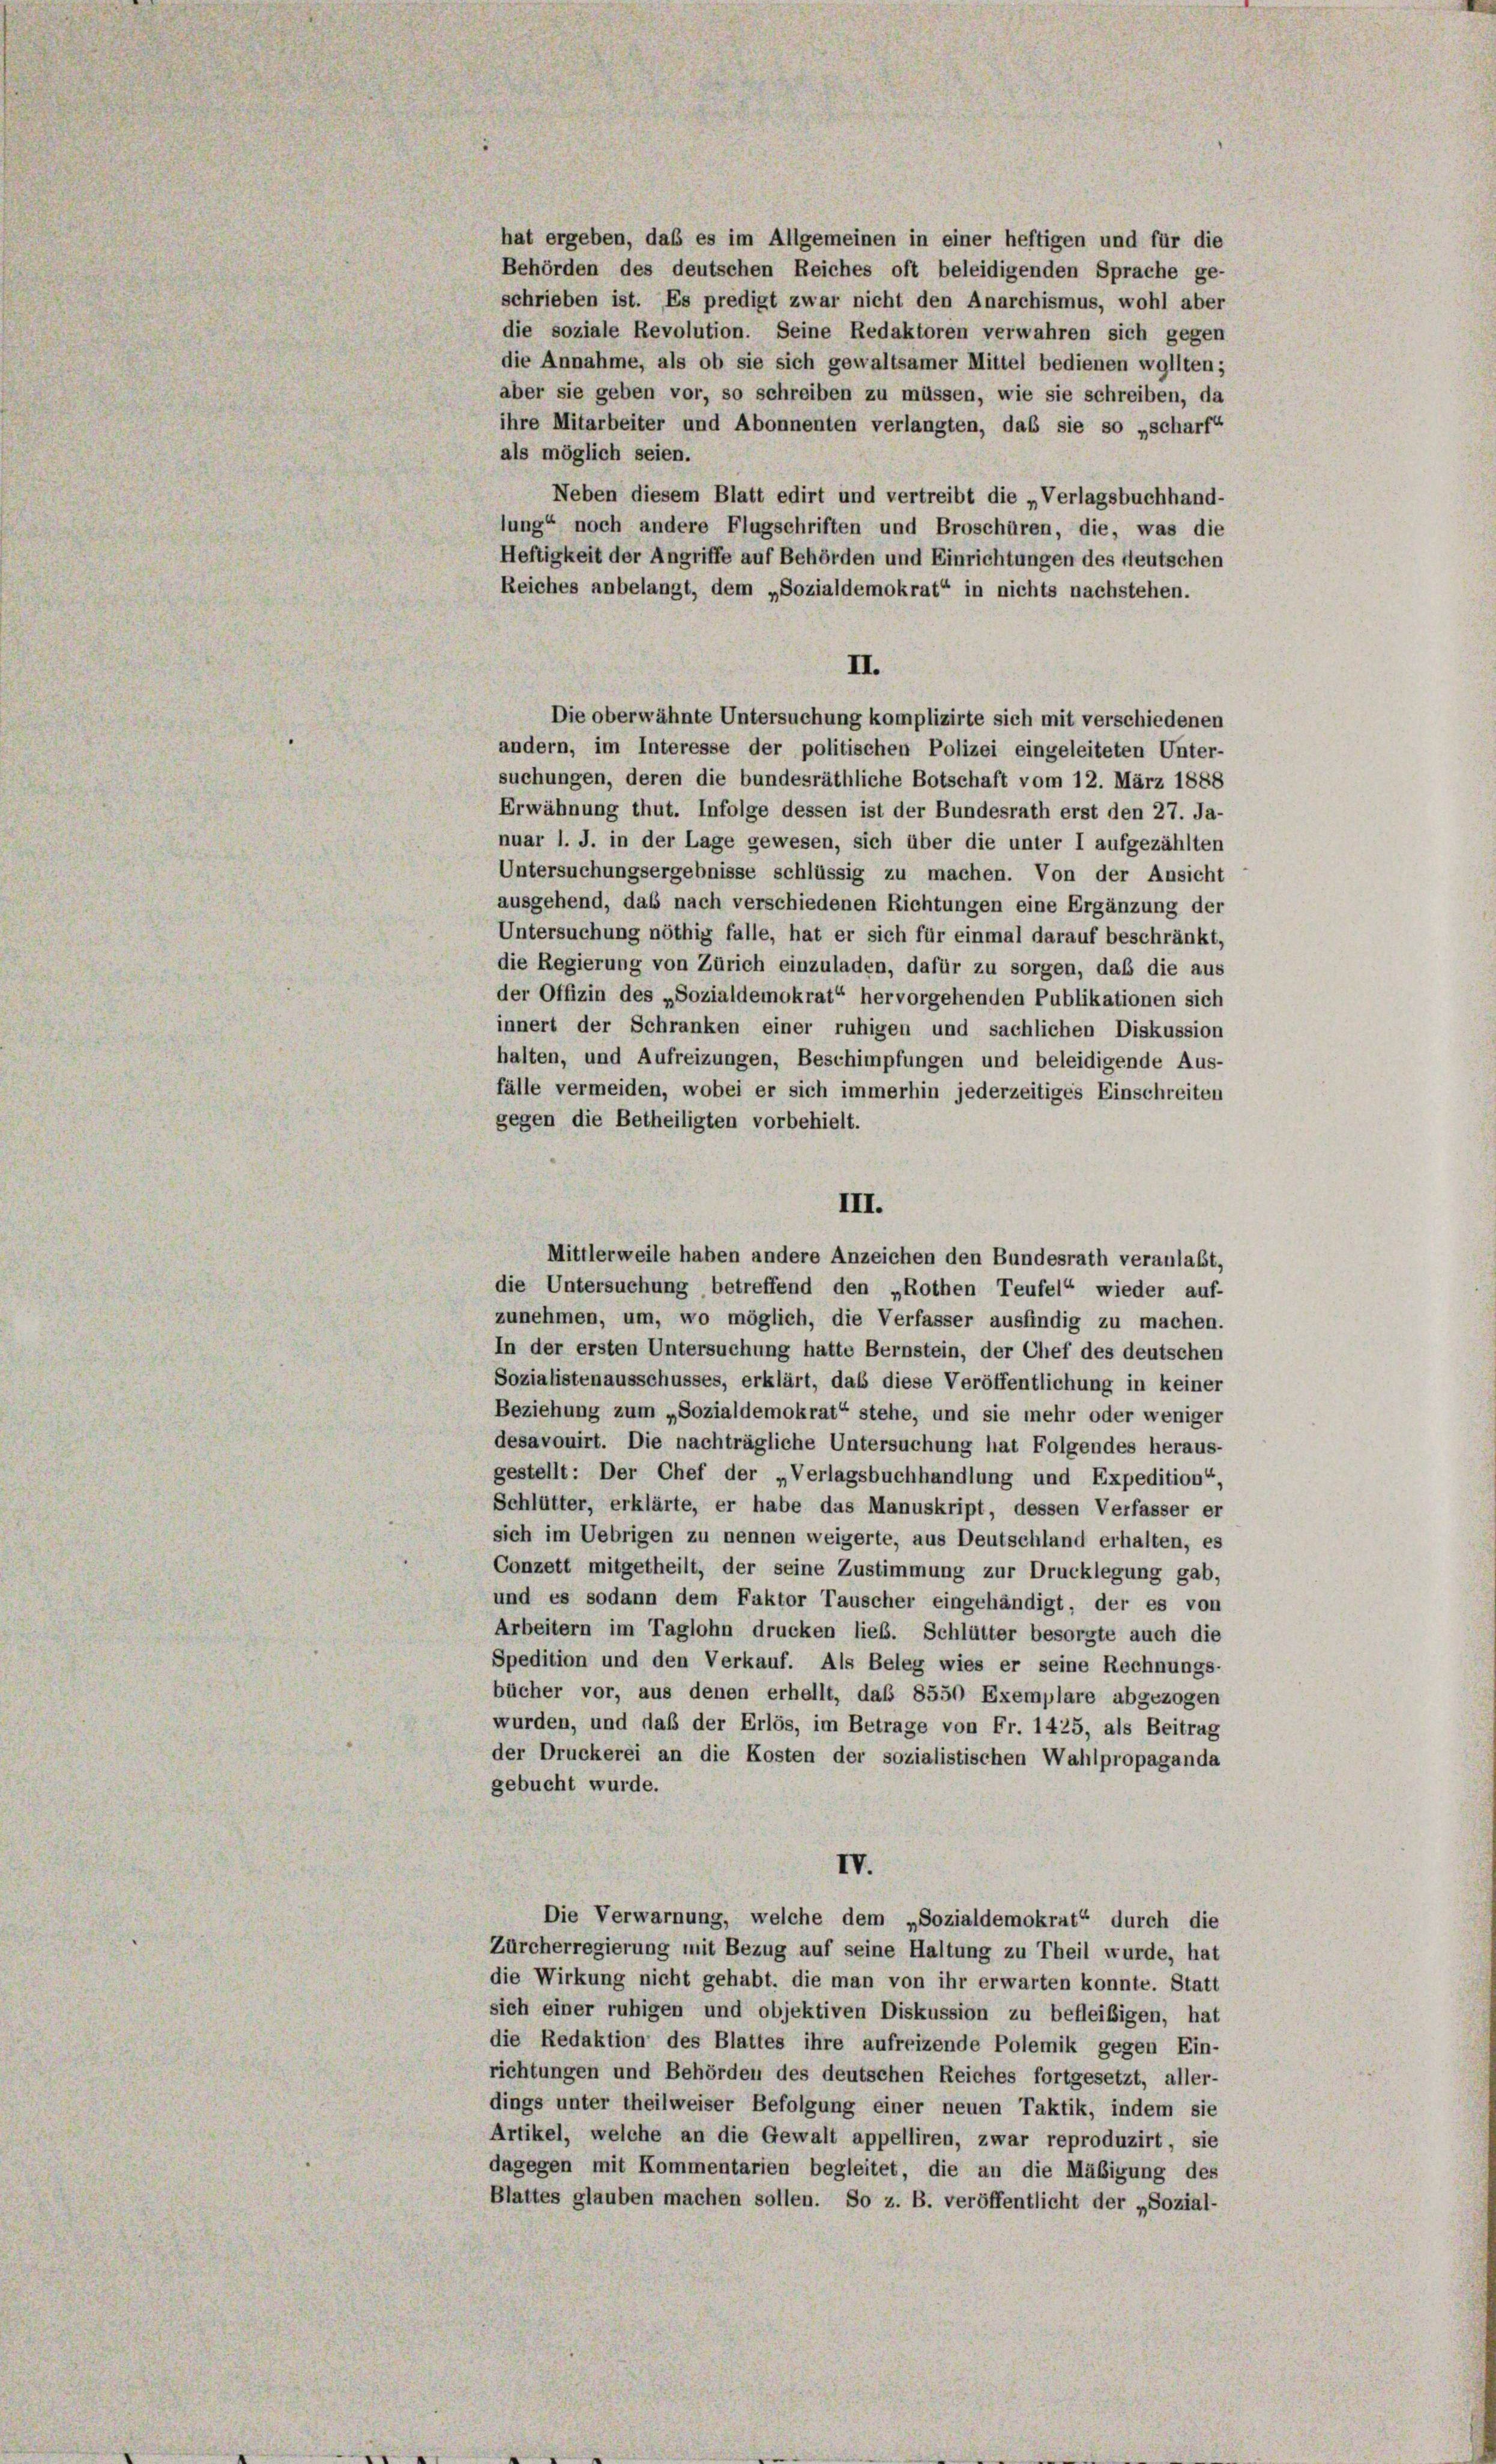
hat ergeben, daß es im Allgemeinen in einer heftigen und für die
Behörden des deutschen Reiches oft beleidigenden Sprache ge-
schrieben ist. Es predigt zwar nicht den Anarchismus, wohl aber
die soziale Revolution. Seine Redaktoren verwahren sich gegen
die Annahme, als ob sie sich gewaltsamer Mittel bedienen wollten;
aber sie geben vor, so schreiben zu müssen, wie sie schreiben, da
ihre Mitarbeiter und Abonnenten verlangten, das sie so „scharf“
als möglich seien.
Neben diesem Blatt edirt und vertreibt die „Verlagsbuchhand-
lung“ noch andere Flugschriften und Broschüren, die, was die
Heftigkeit der Angriffe auf Behörden und Einrichtungen des deutschen
Reiches anbelangt, dem „Sozialdemokrat“ in nichts nachstehen.
II.
Die oberwähnte Untersuchung komplizirte sich mit verschiedenen
andern, im Interesse der politischen Polizei eingeleiteten Unter-
suchungen, deren die bundesräthliche Botschaft vom 12. März 1888
Erwähnung thut. Infolge dessen ist der Bundesrath erst den 27. Ja-
nuar l. J. in der Lage gewesen, sich über die unter I aufgezählten
Untersuchungsergebnisse schlüssig zu machen. Von der Ansicht
ausgehend, daß nach verschiedenen Richtungen eine Ergänzung der
Untersuchung nöthig falle, hat er sich für einmal darauf beschränkt,
die Regierung von Zürich einzuladen, dafür zu sorgen, daß die aus
der Offizin des „Sozialdemokrat“ hervorgehenden Publikationen sich
innert der Schranken einer ruhigen und sachlichen Diskussion
halten, und Aufreizungen, Beschimpfungen und beleidigende Aus-
fälle vermeiden, wobei er sich immerhin jederzeitiges Einschreiten
gegen die Betheiligten vorbehielt.
III.
Mittlerweile haben andere Anzeichen den Bundesrath veranlaßt,
die Untersuchung betreffend den „Rothen Teufel“ wieder auf-
zunehmen, um, wo möglich, die Verfasser ausfindig zu machen.
In der ersten Untersuchung hatte Bernstein, der Chef des deutschen
Sozialistenausschusses, erklärt, daß diese Veröffentlichung in keiner
Beziehung zum „Sozialdemokrat“ stehe, und sie mehr oder weniger
desavouirt. Die nachträgliche Untersuchung hat Folgendes heraus-
gestellt: Der Chef der „Verlagsbuchhandlung und Expedition“,
Schlütter, erklärte, er habe das Manuskript, dessen Verfasser er
sich im Uebrigen zu nennen weigerte, aus Deutschland erhalten, es
Conzett mitgetheilt, der seine Zustimmung zur Drucklegung gab,
und es sodann dem Faktor Tauscher eingehändigt, der es von
Arbeitern im Taglohn drucken lieb. Schlütter besorgte auch die
Spedition und den Verkauf. Als Beleg wies er seine Rechnungs-
bücher vor, aus denen erhellt, daß 8550 Exemplare abgezogen
wurden, und daß der Erlös, im Betrage von Fr. 1425, als Beitrag
der Druckerei an die Kosten der sozialistischen Wahlpropaganda
gebucht wurde.
IV.
Die Verwarnung, welche dem „Sozialdemokrat“ durch die
Zürcherregierung mit Bezug auf seine Haltung zu Theil wurde, hat
die Wirkung nicht gehabt, die man von ihr erwarten konnte. Statt
sich einer ruhigen und objektiven Diskussion zu befleißigen, hat
die Redaktion des Blattes ihre aufreizende Polemik gegen Ein-
richtungen und Behörden des deutschen Reiches fortgesetzt, aller-
dings unter theilweiser Befolgung einer neuen Taktik, indem sie
Artikel, welche an die Gewalt appelliren, zwar reproduzirt, sie
dagegen mit Kommentarien begleitet, die an die Mäßigung des
Blattes glauben machen sollen. So z. B. veröffentlicht der „Sozial-